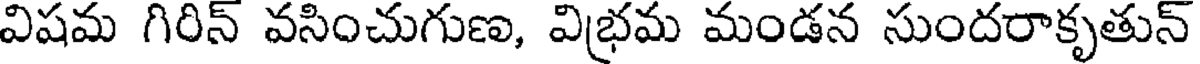
విషమ గిరిన్ వసించుగుణ, విభ్రమ మండన సుందరాకృతున్